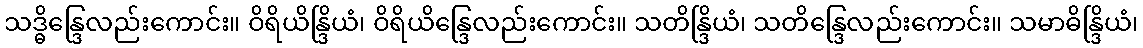
သဒ္ဓိန္ဒြေလည်းကောင်း။ ဝိရိယိန္ဒြိယံ၊ ဝိရိယိန္ဒြေလည်းကောင်း။ သတိန္ဒြိယံ၊ သတိန္ဒြေလည်းကောင်း။ သမာဓိန္ဒြိယံ၊